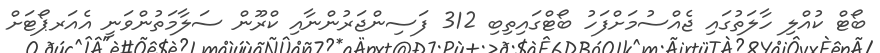
ބޯޓް ކުއްލި ހާލަތުގައި ޖެއްސުމަށްފަހު ބޯޓްގައިތިބި 312 ފަސިންޖަރުންނާއި ކްރޫން ސަލާމަތުންވަނީ އެއަރޕޯޓަށް